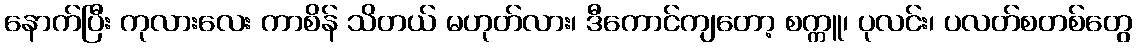
နောက်ပြီး ကုလားလေး ကာစိန် သိတယ် မဟုတ်လား၊ ဒီကောင်ကျတော့ စက္ကူ၊ ပုလင်း၊ ပလတ်စတစ်တွေ